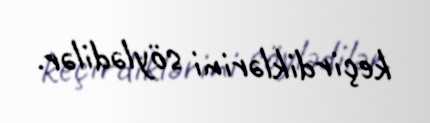
keçirdiklərini söylədilər.